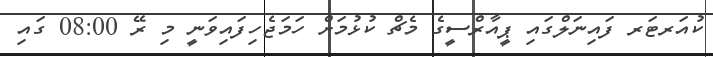
ކުއަރޓަރ ފައިނަލްގައި ޕީއާރްސީގެ މެޗް ކުޅުމަށް ހަމަޖެހިފައިވަނީ މި ރޭ 08:00 ގައި